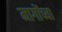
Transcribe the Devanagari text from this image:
मागोंच्या